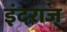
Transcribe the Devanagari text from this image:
इंदराज